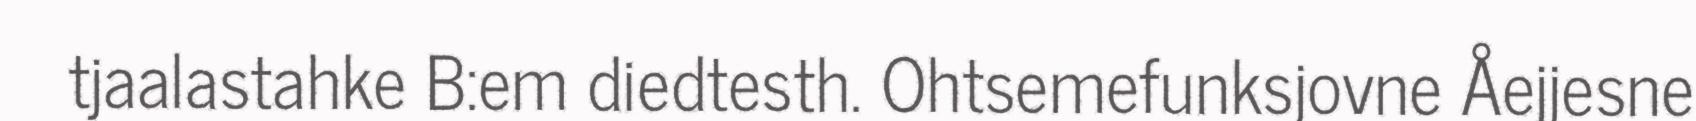
tjaalastahke B:em diedtesth. Ohtsemefunksjovne Åejjesne